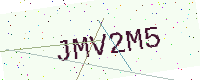
Text: JMV2M5